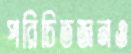
পরিচিতজনও